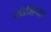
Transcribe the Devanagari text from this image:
नोहिया